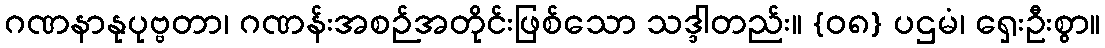
ဂဏနာနုပုဗ္ဗတာ၊ ဂဏန်းအစဉ်အတိုင်းဖြစ်သော သဒ္ဒါတည်း။ {၀၈} ပဌမံ၊ ရှေးဦးစွာ။